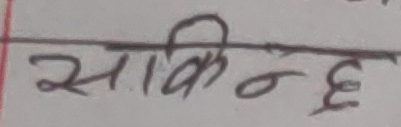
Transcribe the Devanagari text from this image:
साकिन्छ